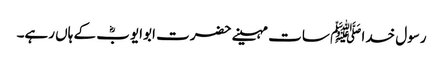
رسول خدا ﷺ سات مہینے حضرت ابوایوبؓ کے ہاں رہے۔